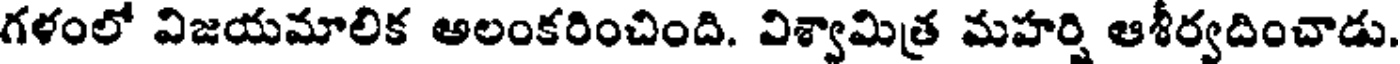
గళంలో విజయమాలిక అలంకరించింది. విశ్వామిత్ర మహర్షి ఆశీర్వదించాడు.